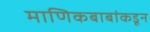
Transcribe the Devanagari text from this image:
माणिकबाबांकडून